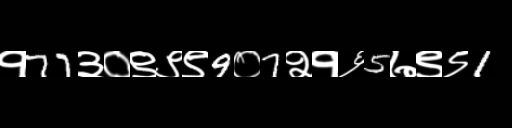
Text: १77३०९९९9०7२१६5७९९1